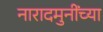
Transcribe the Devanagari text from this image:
नारादमुनींच्या